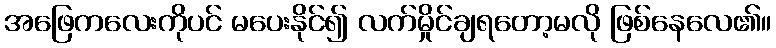
အဖြေကလေးကိုပင် မပေးနိုင်၍ လက်မှိုင်ချရတော့မလို ဖြစ်နေလေ၏။